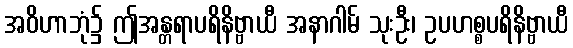
အဝိဟာဘုံ၌ ဤအန္တရာပရိနိဗ္ဗာယီ အနာဂါမ် သုးဦး၊ ဥပဟစ္စပရိနိဗ္ဗာယီ